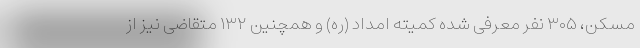
مسکن، ۳۰۵ نفر معرفی شده کمیته امداد (ره) و همچنین ۱۳۲ متقاضی نیز از